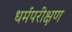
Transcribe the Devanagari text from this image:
धर्मपरीक्षण